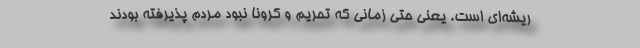
ریشه‌ای است. یعنی حتی زمانی که تحریم و کرونا نبود مردم پذیرفته بودند